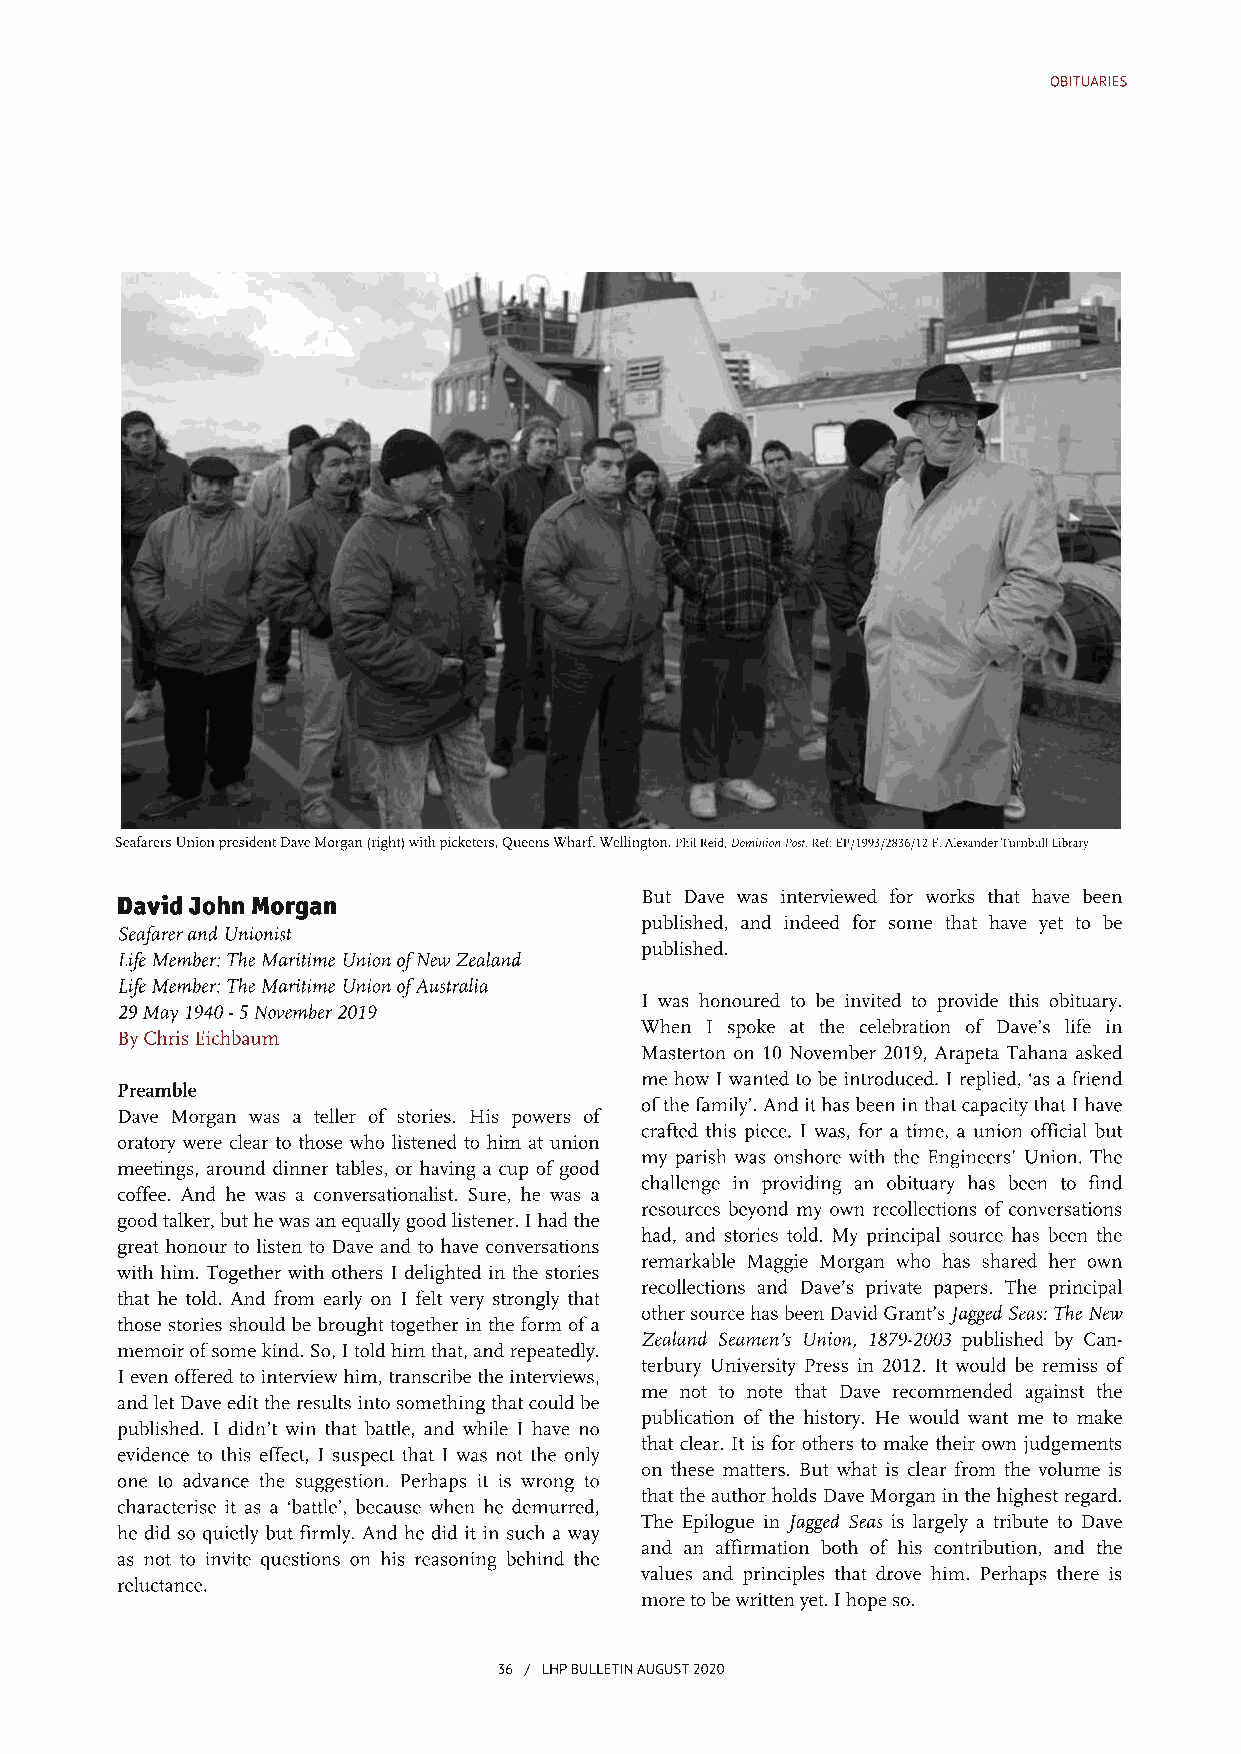
OBITUARIES
 SeafarersUnionpresidentDaveMorgan(right)withpicketers,QueensWharf,Wellington.PhilReid,DominionPost.Ref:EP/1993/2836/12-F.AlexanderTurnbullLibrary
 David John Morgan                 But Dave was interviewed for works that have been
 published, and indeed for some that have yet to be
 SeafarerandUnionist
 published.
 LifeMember:TheMaritimeUnionofNewZealand
 LifeMember:TheMaritimeUnionofAustralia
 I was honoured to be invited to provide this obituary.
 29May1940-5November2019
 When I spoke at the celebration of Dave’s life in
 ByChrisEichbaum
 Masterton on 10 November 2019, Arapeta Tahana asked
 me how I wanted to be introduced. I replied, ‘as a friend
 Preamble
 ofthefamily’. Andithas beeninthatcapacitythatI have
 Dave Morgan was a teller of stories. His powers of
 crafted this piece. I was, for a time, a union official but
 oratory were clear to those who listened to him at union
 my parish was onshore with the Engineers’ Union. The
 meetings, around dinner tables, or having a cup ofgood
 challenge in providing an obituary has been to find
 coffee. And he was a conversationalist. Sure, he was a
 resources beyond my own recollections ofconversations
 goodtalker, buthewas anequallygoodlistener. I hadthe
 had, and stories told. My principal source has been the
 great honour to listen to Dave and to have conversations
 remarkable Maggie Morgan who has shared her own
 with him. Together with others I delighted in the stories
 recollections and Dave’s private papers. The principal
 that he told. And from early on I felt very strongly that
 othersourcehas beenDavidGrant’s JaggedSeas:TheNew
 those stories should be broughttogetherin the form ofa
 Zealand Seamen’s Union, 1879-2003 published by Can-
 memoirofsomekind. So, I toldhimthat, andrepeatedly.
 terbury University Press in 2012. It would be remiss of
 I evenofferedto interviewhim, transcribe the interviews,
 me not to note that Dave recommended against the
 andletDave editthe results into somethingthatcouldbe
 publication ofthe history. He would want me to make
 published. I didn’t win that battle, and while I have no
 that clear. It is for others to make their own judgements
 evidence to this effect, I suspect that I was not the only
 on these matters. But what is clear from the volume is
 one to advance the suggestion. Perhaps it is wrong to
 thatthe authorholds Dave Morganinthe highestregard.
 characterise it as a ‘battle’, because when he demurred,
 The Epilogue in Jagged Seas is largely a tribute to Dave
 he did so quietly but firmly. And he did it in such a way
 and an affirmation both of his contribution, and the
 as not to invite questions on his reasoning behind the
 values and principles that drove him. Perhaps there is
 reluctance.
 moretobewrittenyet. I hopeso.
 36 / LHPBULLETINAUGUST2020